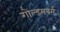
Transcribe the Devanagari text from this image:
गोल्डमबर्ग